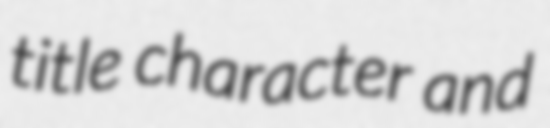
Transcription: title character and